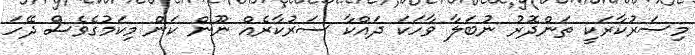
މިސަރުކާރަކީ ތަންދޮރު ނުބަލާ ވާހަކަ ދައްކާ ސަރުކާރެއް ނޫން ކަން މިކަމުގެވެސް ދޭހަ